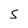
Character: 5